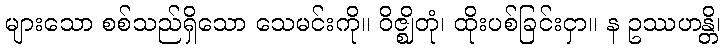
များသော စစ်သည်ရှိသော သေမင်းကို။ ဝိဇ္ဈိတုံ၊ ထိုးပစ်ခြင်းငှာ။ န ဥဿဟန္တိ၊